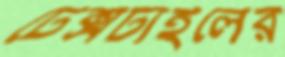
টেক্সটাইলের